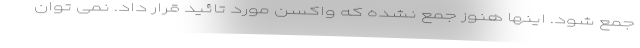
جمع شود. اینها هنوز جمع نشده که واکسن مورد تائید قرار داد. نمی توان